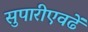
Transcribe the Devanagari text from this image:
सुपारीएवढें